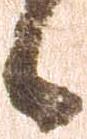
候